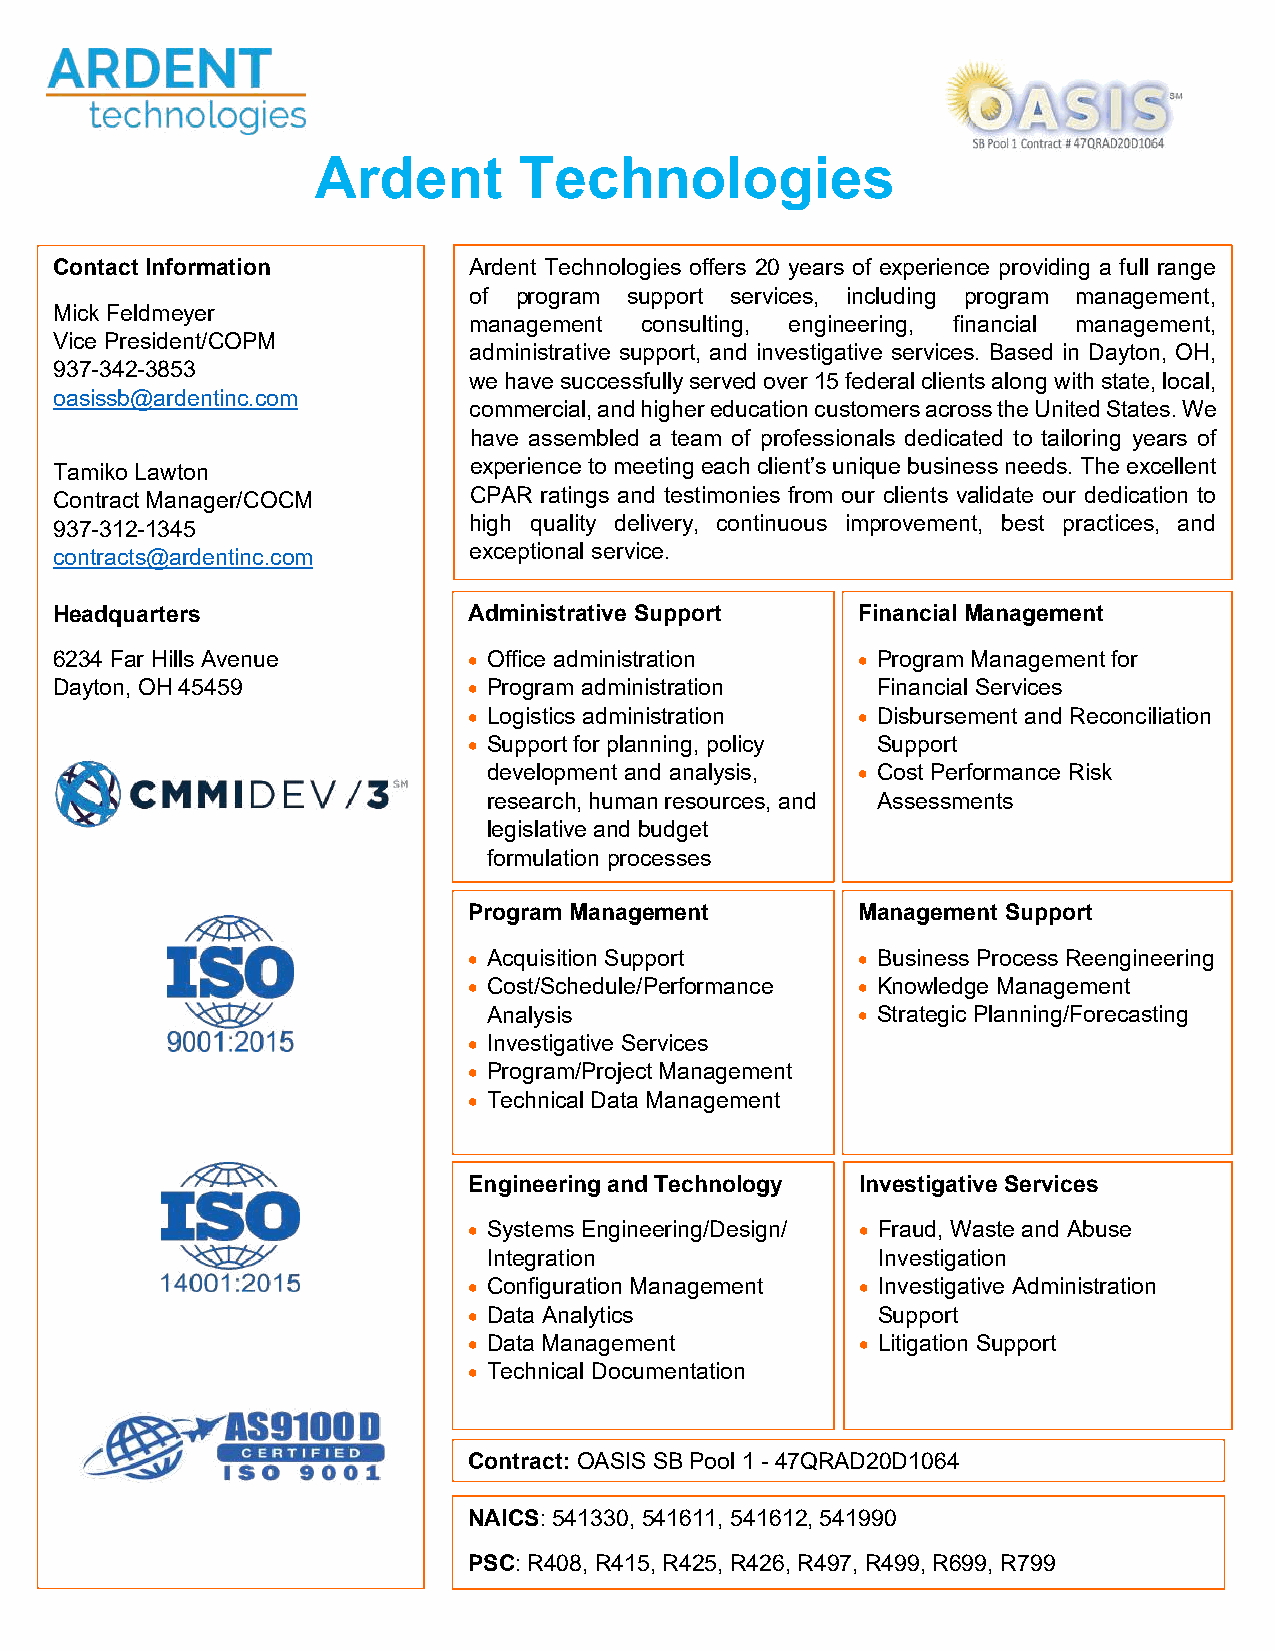
Ardent       Technologies
 Contact Information        Ardent Technologies offers 20 years of experience providing a full range
 of program support services, including program management,
 Mick Feldmeyer
 management consulting, engineering, financial management,
 Vice President/COPM
 administrative support, and investigative services. Based in Dayton, OH,
 937-342-3853
 we have successfully served over 15 federal clients along with state, local,
 oasissb@ardentinc.com
 commercial, and higher education customers across the United States. We
 have assembled a team of professionals dedicated to tailoring years of
 Tamiko Lawton              experience to meeting each client’s unique business needs. The excellent
 Contract Manager/COCM      CPAR ratings and testimonies from our clients validate our dedication to
 937-312-1345               high quality delivery, continuous improvement, best practices, and
 contracts@ardentinc.com    exceptional service.
 Headquarters               Administrative Support    Financial Management
 6234 Far Hills Avenue      • Office administration   • Program Management for
 Dayton, OH 45459           • Program administration   Financial Services
 • Logistics administration • Disbursement and Reconciliation
 • Support for planning, policy Support
 development and analysis, • Cost Performance Risk
 research, human resources, and Assessments
 legislative and budget
 formulation processes
 Program Management        Management Support
 • Acquisition Support     • Business Process Reengineering
 • Cost/Schedule/Performance • Knowledge Management
 Analysis                 • Strategic Planning/Forecasting
 • Investigative Services
 • Program/Project Management
 • Technical Data Management
 Engineering and Technology Investigative Services
 • Systems Engineering/Design/ • Fraud, Waste and Abuse
 Integration               Investigation
 • Configuration Management • Investigative Administration
 • Data Analytics           Support
 • Data Management         • Litigation Support
 • Technical Documentation
 Contract: OASIS SB Pool 1 - 47QRAD20D1064
 NAICS: 541330, 541611, 541612, 541990
 PSC: R408, R415, R425, R426, R497, R499, R699, R799